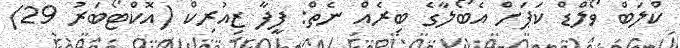
ކްލަބް ވޯލްޑް ކަޕަށް އެބޯލާގެ ބިރެއް ނެތް: ފީފާ ޒިއުރިކް (އޮކްޓޯބަރު 29)